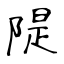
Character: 隄